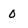
Character: 0